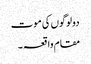
دولوگوں کی موت
مقام واقعہ ۔